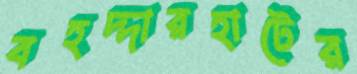
বহদ্দারহাটের